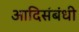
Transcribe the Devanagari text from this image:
आदिसंबंधी